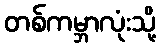
တစ်ကမ္ဘာလုံးသို့